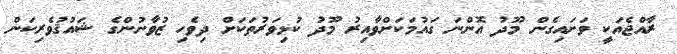
ރާއްޖެއަކީ ވަށައިގެން މޫދު އޮންނަ ގައުމަކަށްވާއިރު މޫދު ކުޅިވަރުތަކަށް ދިވެހި ޒުވާނުންގެ ޝައުޤުވެރިކަން